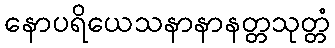
နောပရိယေသနာနာနတ္တသုတ္တံ